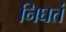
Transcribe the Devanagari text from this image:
निघतं